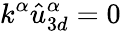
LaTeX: k^{\alpha}\hat{u}_{3d}^{\alpha}=0